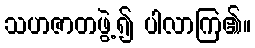
သဟဇာတဖွဲ့၍ ပါလာကြ၏။